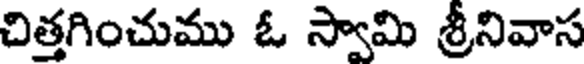
చిత్తగించుము ఓ స్వామి శ్రీనివాస